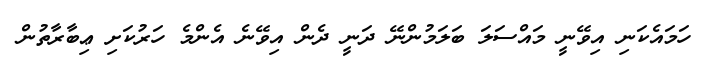
ހަމައެކަނި އިވޭނީ މައްސަލަ ބަލަމުންނޭ ދަނީ ދެން އިވޭނެ އެންމެ ހަރުކަށި ޢިބާރާތުން